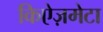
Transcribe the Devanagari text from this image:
किऐज़मेटा